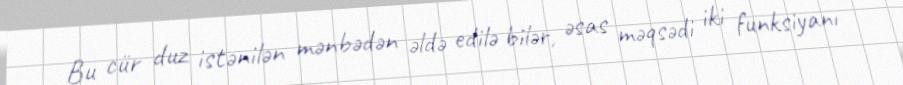
Bu cür duz istənilən mənbədən əldə edilə bilər, əsas məqsədi iki funksiyanı